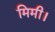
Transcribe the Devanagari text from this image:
मिमी।